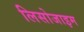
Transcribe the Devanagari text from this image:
लिसोजाइम